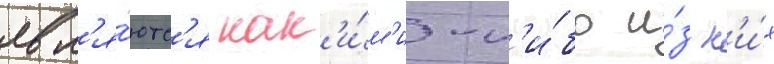
явл'я́ютс'я как'и́м'и-л'и́бо и́з н'и́х